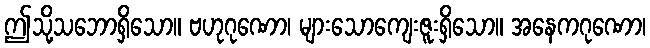
ဤသို့သဘောရှိသော။ ဗဟုဂုဏော၊ များသောကျေးဇူးရှိသော။ အနေကဂုဏော၊